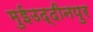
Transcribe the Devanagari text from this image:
मुईउद्दीनपुर